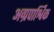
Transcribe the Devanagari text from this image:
अग्रपार्श्विक